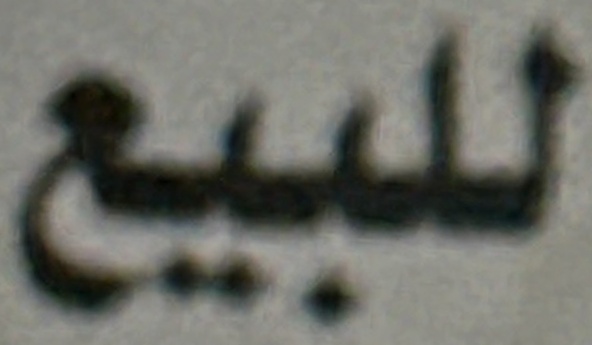
للبيع